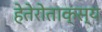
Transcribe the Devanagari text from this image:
हेतेरोताक्स्य